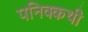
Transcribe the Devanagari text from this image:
पनिक्कथी